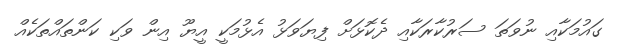
ގައުމަކާއި ނުވަތަ ސަރުކާރަކާއި ދެކޮޅަށް ފިޔަވަޅު އެޅުމަކީ އީޔޫ އިން ވަކި ކަންތައްތަކެއް